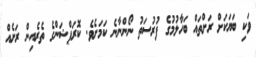
ވަކި ބަޔަކަށް ރަށްތައް ބަހާލުމުގެ ފުރުސަތު ނޯންނާނެ ކަމަށެވެ. ކޮރަޕްޝަންގެ ތެރެއިން ރަށެއް